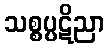
သစ္စပ္ပဋိညာ